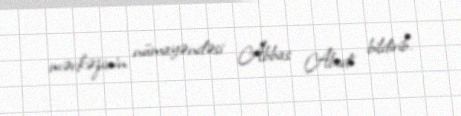
mərkəzinin nümayəndəsi Abbas Abedi bildirib.